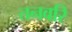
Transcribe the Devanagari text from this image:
तनवरि